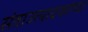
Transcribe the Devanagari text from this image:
संत्राउत्पादकांच्या